Vaccination North-Western Provinces and Oudh 1878-1895 - 1878-1895
Year: 1878
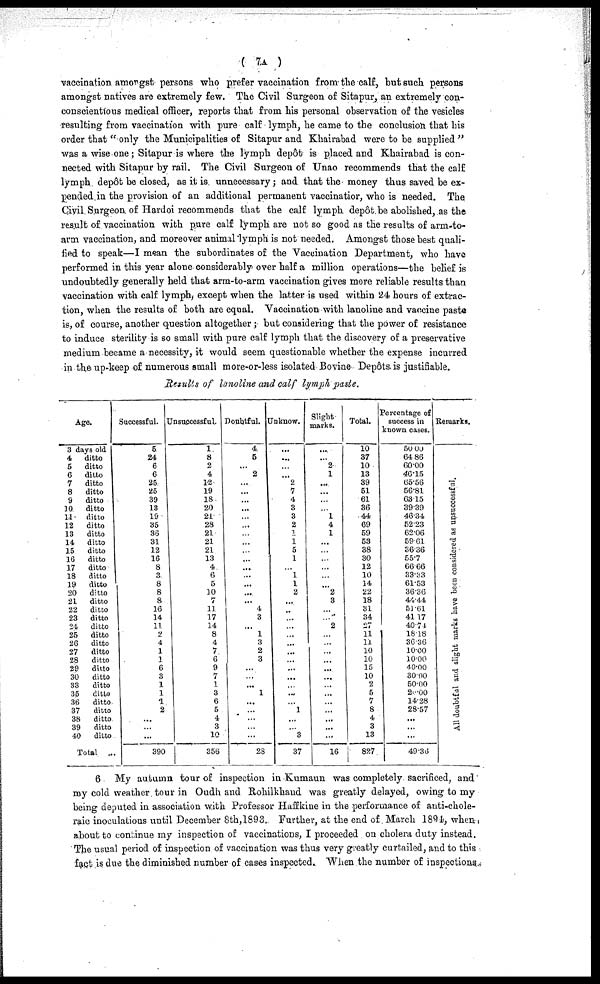
( 7A )
vaccination amongst persons who prefer vaccination from the calf, but such persons
amongst natives are extremely few. The Civil Surgeon of Sitapur, an extremely con-
conscientious medical officer, reports that from his personal observation of the vesicles
resulting from vaccination with pure calf lymph, he came to the conclusion that his
order that " only the Municipalities of Sitapur and Khairabad were to be supplied "
was a wise one; Sitapur is where the lymph depôt is placed and Khairabad is con-
nected with Sitapur by rail. The Civil Surgeon of Unao recommends that the calf
lymph depôt be closed, as it is unnecessary; and that the money thus saved be ex-
pended in the provision of an additional permanent vaccinatior, who is needed. The
Civil Surgeon of Hardoi recommends that the calf lymph depôt be abolished, as the
result of vaccination with pure calf lymph are not so good as the results of arm-to-
arm vaccination, and moreover animal lymph is not needed. Amongst those best quali-
fied to speak—I mean the subordinates of the Vaccination Department, who have
performed in this year alone considerably over half a million operations—the belief is
undoubtedly generally held that arm-to-arm vaccination gives more reliable results than
vaccination with calf lymph, except when the latter is used within 24 hours of extrac-
tion, when the results of both are equal. Vaccination with lanoline and vaccine paste
is, of course, another question altogether; but considering that the power of resistance
to induce sterility is so small with pure calf lymph that the discovery of a preservative
medium became a necessity, it would seem questionable whether the expense incurred
in the up-keep of numerous small more-or-less isolated Bovine Depôts is justifiable.
Results of lanoline and calf lymph paste.
Age.
3 days old
4
ditto
5
ditto
6
ditto
7
ditto
8
ditto
9
ditto
10
ditto
11
ditto
12
ditto
13
ditto
14
ditto
15
ditto
16
ditto
17
ditto
18
ditto
19
ditto
20
ditto
21
ditto
22
ditto
23
ditto
24
ditto
25
ditto
26
ditto
27
ditto
28
ditto
29
ditto
30
ditto
33
ditto
35
ditto
36
ditto
37
ditto
38
ditto
39
ditto
40
ditto
Total
...
Successful.
5
24
6
6
25
25
39
13
19
35
36
31
12
16
8
3
8
8
8
16
14
11
2
4
1
1
6
3
1
1
1
2
...
...
...
390
Unsuccessful.
1
8
2
4
12
19
18
20
21
28
21
21
21
13
4
6
5
10
7
11
17
14
8
4
7
6
9
7
1
3
6
5
4
3
10
356
Doubtful.
4
5
...
2
...
...
...
...
...
...
...
...
...
...
...
...
...
...
... 4
3
... 1
3
2
3
...
...
... 1
...
...
...
...
...
23
Unknow.
...
...
...
...
2
7
4
3
3
2
1
1
5
1
...
1
1
2
...
...
...
...
...
...
...
...
...
...
...
...
...
1
...
...
3
37
Slight
marks.
...
... 2
1
...
...
...
...
1
4
1
...
...
...
...
...
...
2
3
...
...
2
...
...
...
...
...
...
...
...
...
...
...
...
...
16
Total.
10
37
10
13
39
51
61
36
44
69
59
53
38
30
12
10
14
22
18
31
34
27
11
11
10
10
15
10
2
5
7
8
4
3
13
827
Percentage of
success in
known cases.
50.00
64 80
60.00
46.15
65.56
56.81
63.15
39.39
46.34
52.23
62.06
69.61
36.36
55.7
66.66
33.33
61.53
36.36
44.44
51.61
41.17
40.71
18.18
36.36
10.00
10.00
40.00
30.00
50.00
20.00
14.28
28.57
...
...
...
49.36
Remarks.
All doubtful and slight marks have been considered as unsuccessful.
6. My autumn tour of inspection in Kumaun was completely sacrificed, and
my cold weather tour in Oudh and Rohilkhand was greatly delayed, owing to my
being deputed in association with. Professor Haffkine in the performance of anti-chole-
raic inoculations until December 8th,1893. Further, at the end of. March 1894, when
about to continue my inspection of vaccinations, I proceeded on cholera duty instead.
The usual period of inspection of vaccination was thus very greatly curtailed, and to this
fact is due the diminished number of cases inspected. When the number of inspections